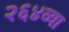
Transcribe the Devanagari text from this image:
२६४व्या